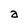
Character: a